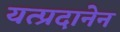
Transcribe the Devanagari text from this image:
यत्प्रदानेन